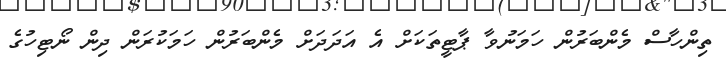
ތިންހާސް މެންބަރުން ހަމަނުވާ ޕާޓީތަކަށް އެ އަދަދަށް މެންބަރުން ހަމަކުރަން ދިން ނޯޓިހުގެ